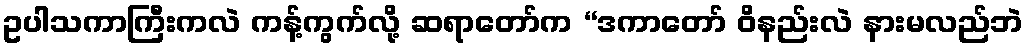
ဥပါသကာကြီးကလဲ ကန့်ကွက်လို့ ဆရာတော်က “ဒကာတော် ဝိနည်းလဲ နားမလည်ဘဲ